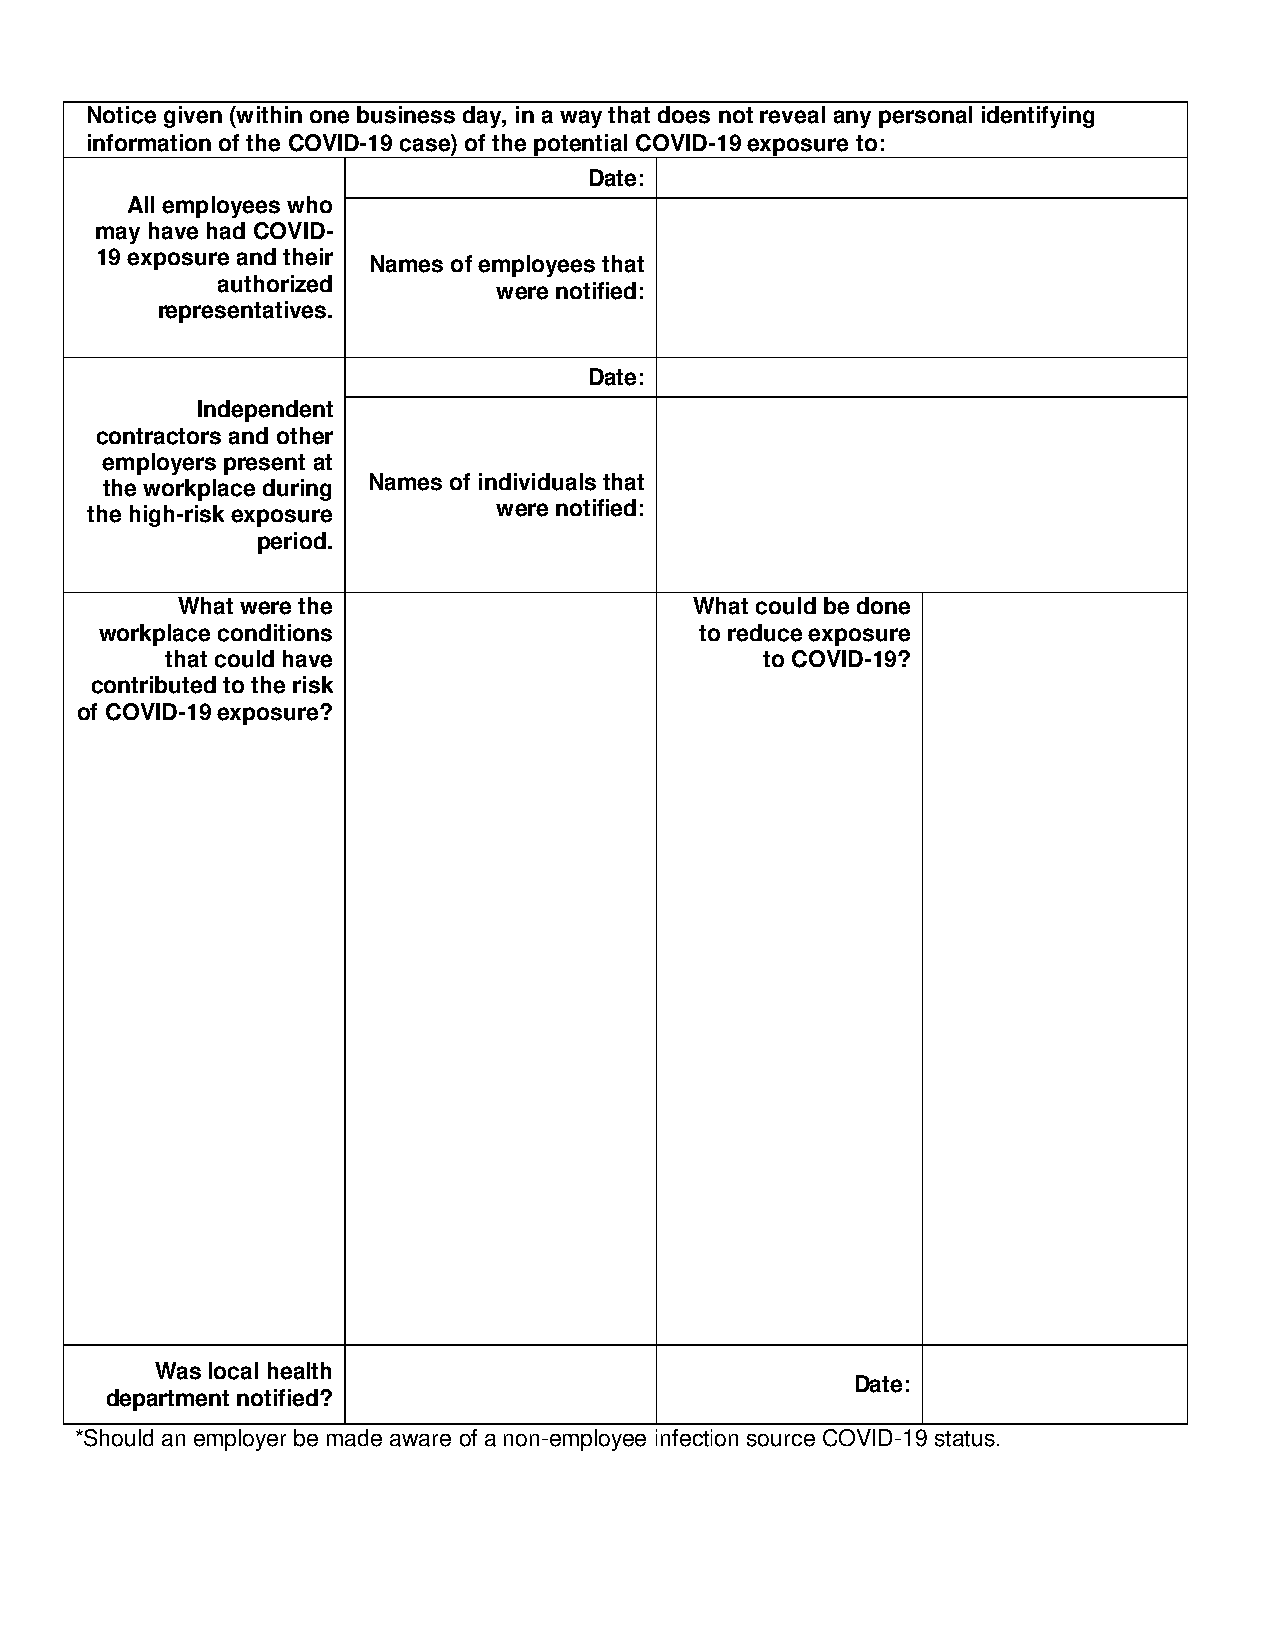
Notice given (within one business day, in a way that does not reveal any personal identifying
 information of the COVID-19 case) of the potential COVID-19 exposure to:
 Date:
 All employees who
 may have had COVID-
 19 exposure and their
 Names of employees that
 authorized
 were notified:
 representatives.
 Date:
 Independent
 contractors and other
 employers present at
 Names of individuals that
 the workplace during
 were notified:
 the high-risk exposure
 period.
 What were the                     What could be done
 workplace conditions                   to reduce exposure
 that could have                         to COVID-19?
 contributed to the risk
 of COVID-19 exposure?
 Was local health
 Date:
 department notified?
 *Should an employer be made aware of a non-employee infection source COVID-19 status.